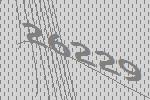
26229